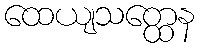
ထေယျသတ္ထေန